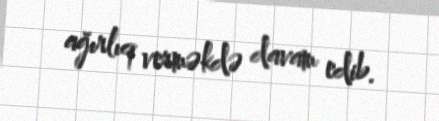
ağırlıq verməkdə davam edib.